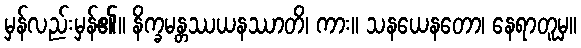
မှန်လည်းမှန်၏။ နိက္ခမန္တဿယနဿာတိ၊ ကား။ သနယေနတော၊ နေရာတူမှ။